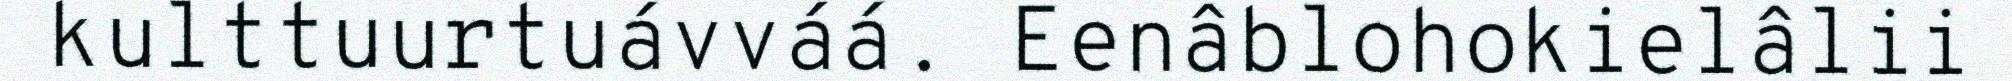
kulttuurtuávváá. Eenâblohokielâlii